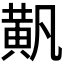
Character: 𬹐